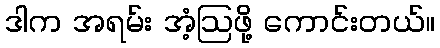
ဒါက အရမ်း အံ့ဩဖို့ ကောင်းတယ်။